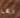
ربما